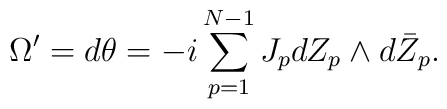
\Omega^\prime=d\theta=-i\sum_{p=1}^{N-1}J_pd Z_p\wedge d\bar Z_p.